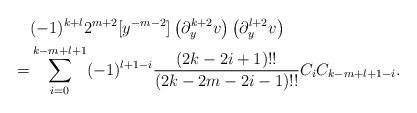
LaTeX: \begin{align*}&(-1)^{k+l}2^{m+2}[y^{-m-2}]\left(\partial_y^{k+2}v\right)\left(\partial_y^{l+2}v\right)\\=&\sum_{i=0}^{k-m+l+1} (-1)^{l+1-i}\frac{(2k-2i+1)!!}{(2k-2m-2i-1)!!}C_iC_{k-m+l+1-i}.\end{align*}